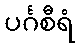
ပင်္ဂစီရံ